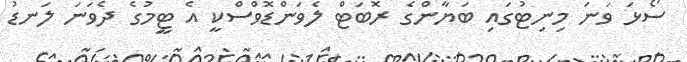
ސޯޅަ ވަނަ މިނިޓުގައި ބަޔާންގެ ރޮބަޓް ލެވަންޑޮވްސްކީ އެ ޓީމުގެ ދެވަނަ ލަނޑު